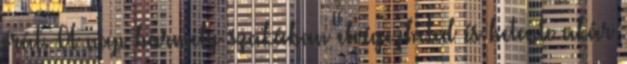
órát. A nap bármely szakában elvégezheted és hetente akár